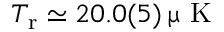
T _ { \mathrm { r } } \simeq 2 0 . 0 ( 5 ) \ensuremath { \, \upmu \mathrm { ~ K ~ } }